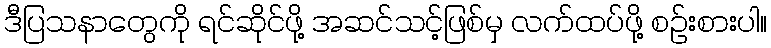
ဒီပြသနာတွေကို ရင်ဆိုင်ဖို့ အဆင်သင့်ဖြစ်မှ လက်ထပ်ဖို့ စဉ်းစားပါ။